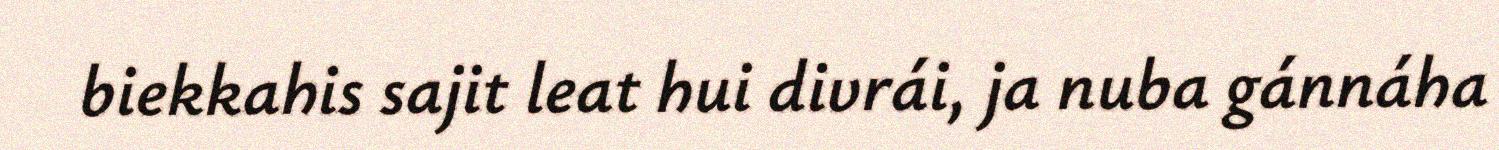
biekkahis sajit leat hui divrái, ja nuba gánnáha